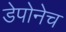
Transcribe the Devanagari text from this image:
डेपोनेच